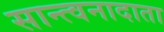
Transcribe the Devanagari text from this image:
सान्त्वनादाता